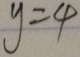
y = 4